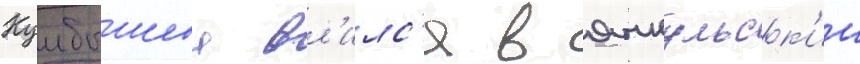
Куибышева вл'илс'я в янкульск'ии